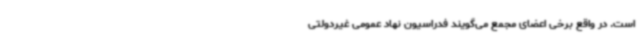
است. در واقع برخی اعضای مجمع می‌گویند فدراسیون نهاد عمومی غیردولتی